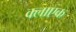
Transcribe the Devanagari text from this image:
क्लाएक